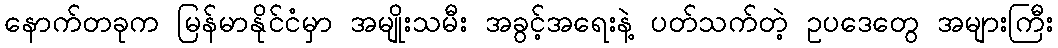
နောက်တခုက မြန်မာနိုင်ငံမှာ အမျိုးသမီး အခွင့်အရေးနဲ့ ပတ်သက်တဲ့ ဥပဒေတွေ အများကြီး